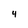
Character: 4